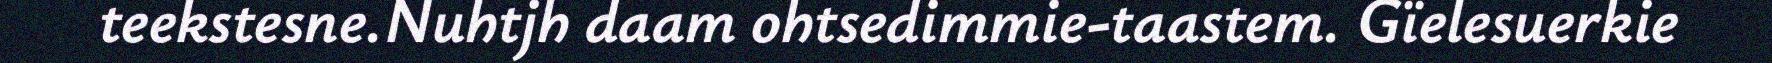
teekstesne.Nuhtjh daam ohtsedimmie-taastem. Gïelesuerkie